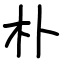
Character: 朴